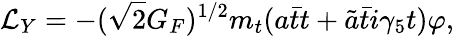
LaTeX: {\cal L}_{Y}=-(\sqrt{2}G_{F})^{1/2}m_{t}(a\bar{t}t+\tilde{a}\bar{t}i\gamma_{5}t)\varphi,